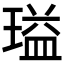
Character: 𬎃